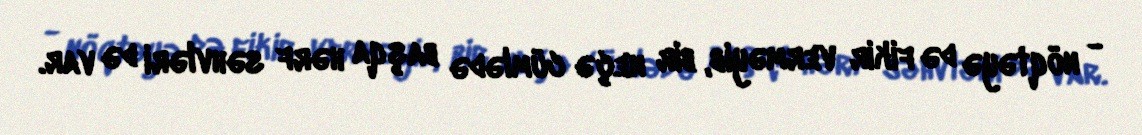
- nöqtəyə də fikir verməyib, bir neçə cümlədə başqa hərf səhvləri də var.